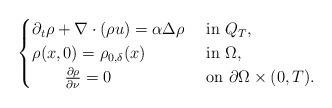
LaTeX: \begin{align*}\begin{cases}\partial_t\rho+\nabla\cdot(\rho u)=\alpha\Delta\rho & \ {\rm{in}}\ Q_T,\\\rho(x,0)=\rho_{0,\delta}(x) & \ {\rm{in}}\ \Omega,\\\qquad\frac{\partial\rho}{\partial\nu}= 0 & \ {\rm{on}}\ \partial\Omega\times (0,T).\end{cases}\end{align*}